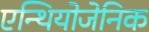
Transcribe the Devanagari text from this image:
एन्थियोजेनिक